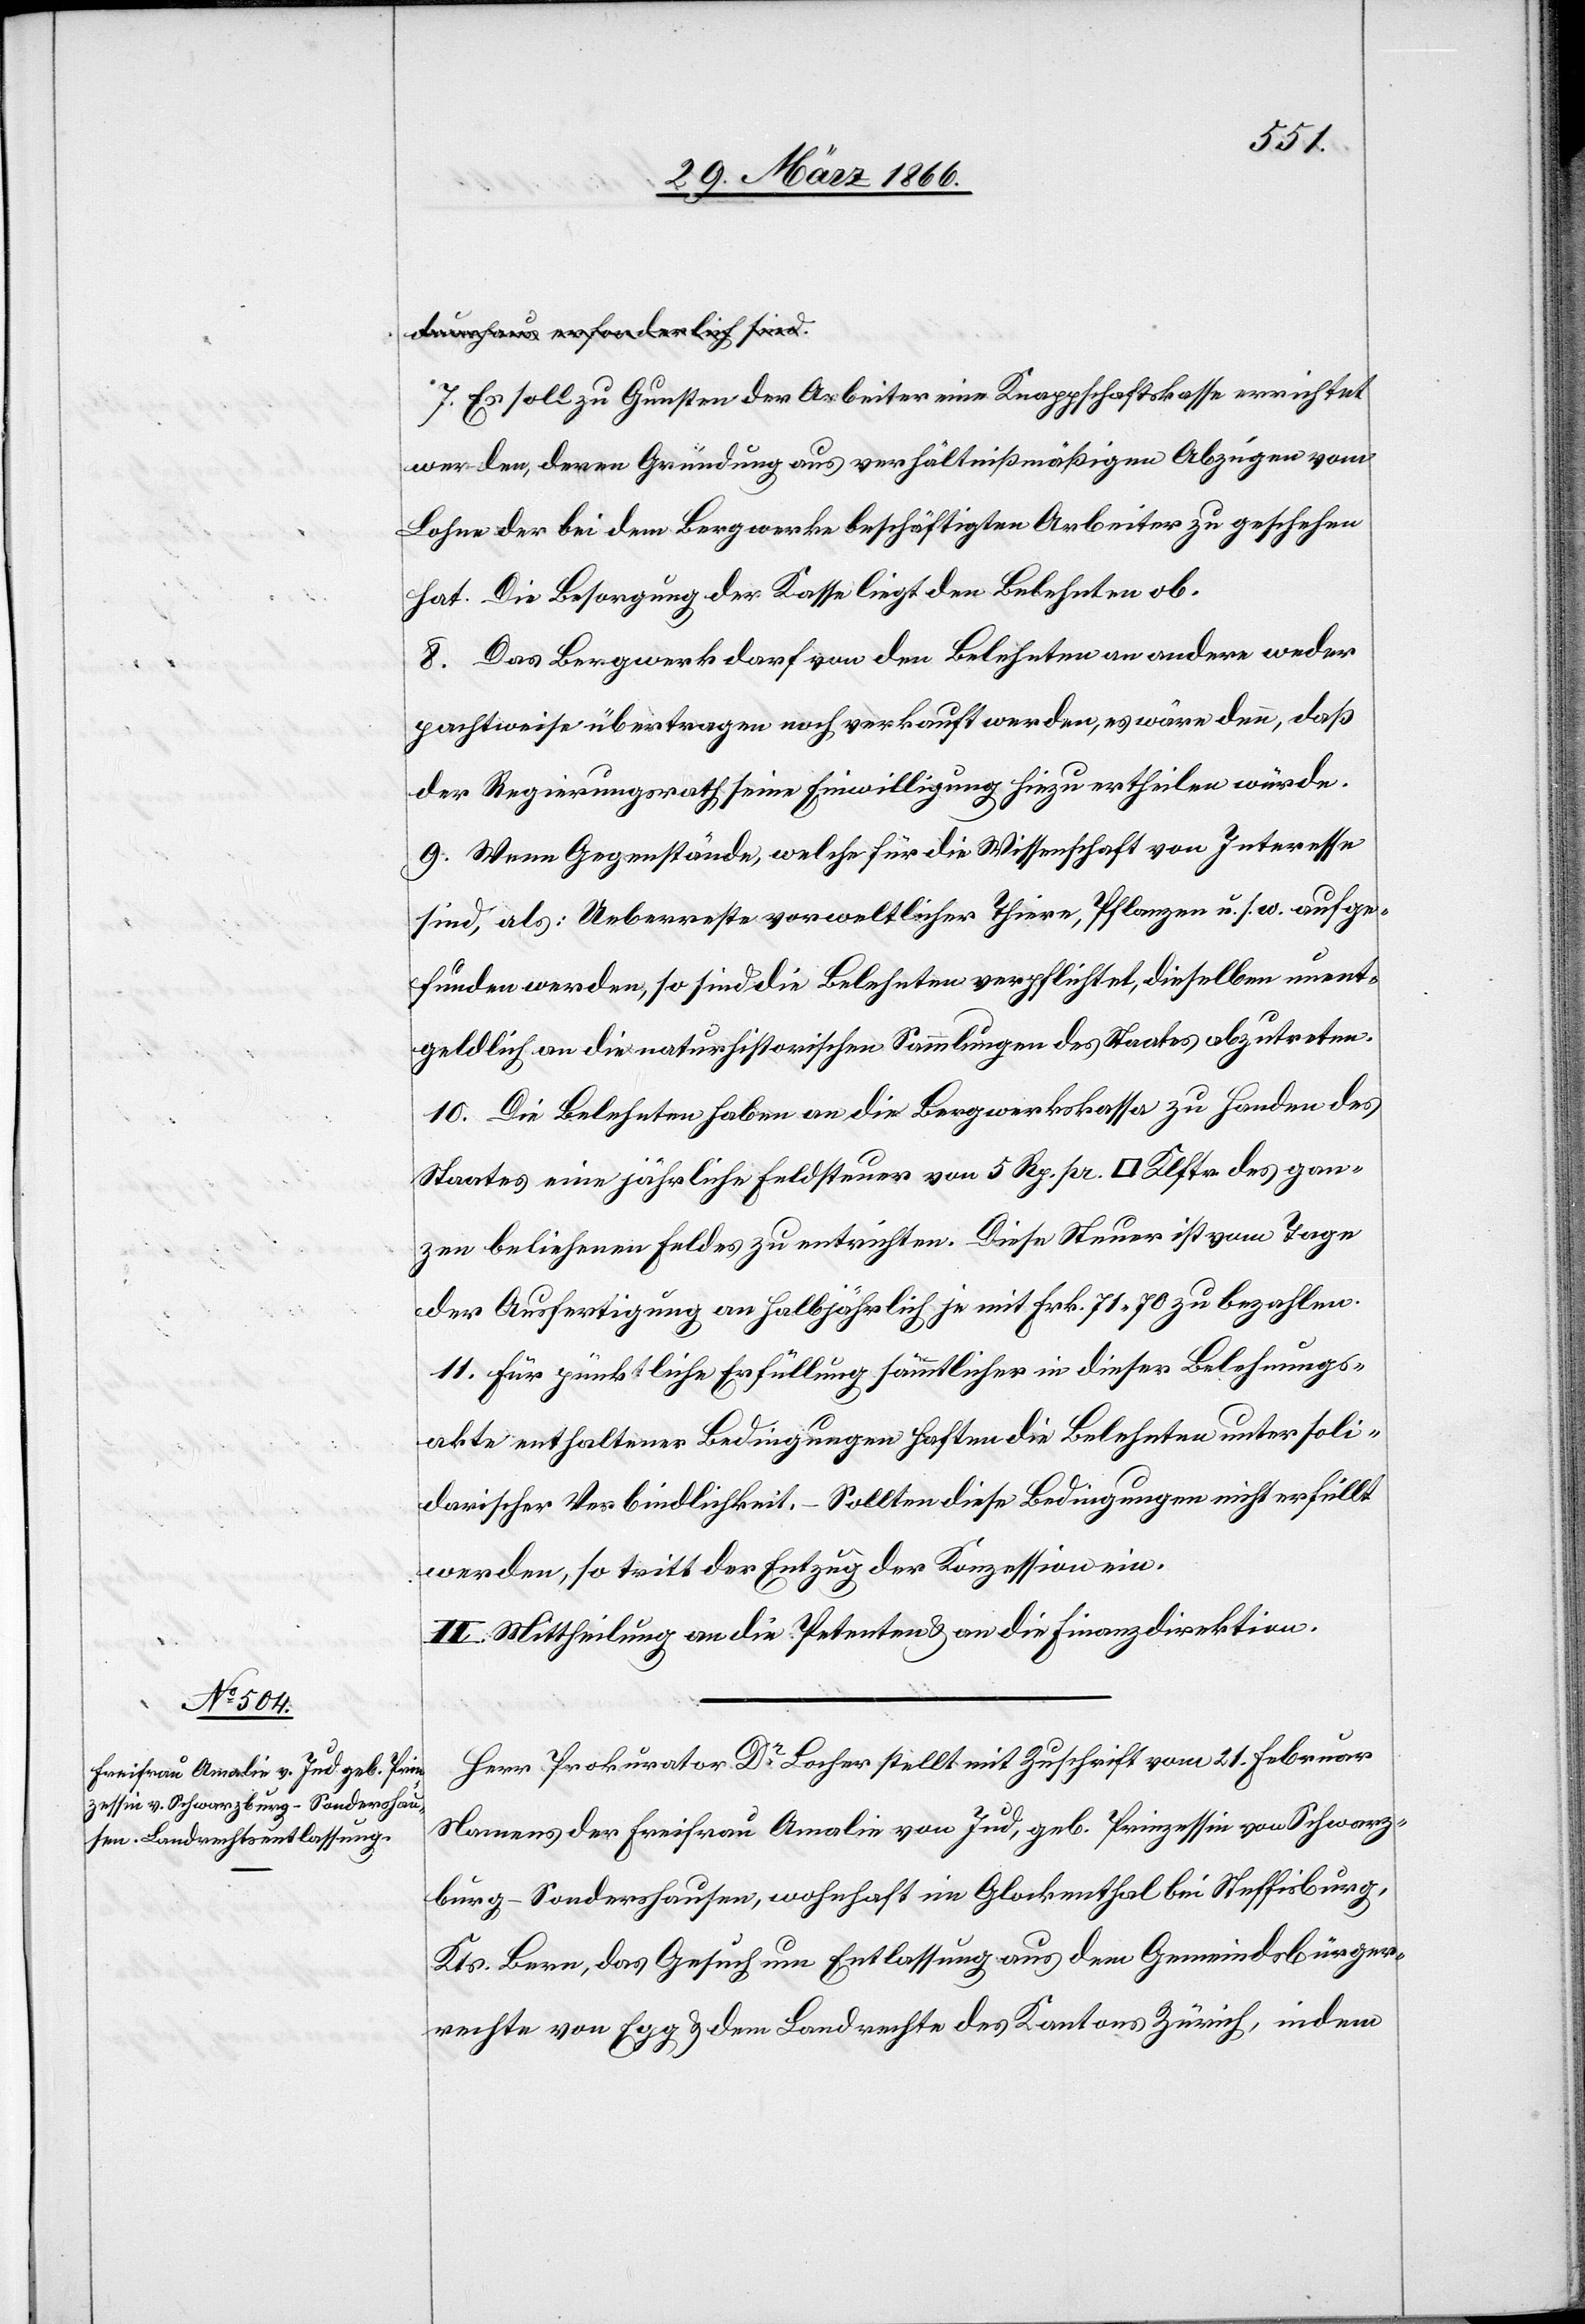
a-durchaus erforderlich sind.-a
7. Es soll zu Gunsten der Arbeiter eine Knappschaftskasse errichtet
werden, deren Gründung aus verhältnißmäßigen Abzügen vom
Lohne der bei dem Bergwerke beschäftigten Arbeiter zu geschehen
hat. Die Besorgung der Kasse liegt dem Belehnten ob.
8. Das Bergwerk darf von den Belehnten an andere weder
pachtweise übertragen noch verkauft werden, es wäre denn, daß
der Regierungsrath seine Einwilligung hiezu ertheilen würde.
9. Wenn Gegenstände, welche für die Wissenschaft von Interesse
sind, als: Ueberreste vorweltlicher Thiere, Pflanzen u. s. w. aufge¬
funden werden, so sind die Belehnten verpflichtet, dieselben unent¬
geldlich an die naturhistorischen Sammlungen des Staats abzutreten.
10. Die Belehnten haben an die Bergwerkskasse zu Handen des
Staates eine jährliche Feldsteuer von 5 Rp. pr. [Quadrat] Klftr. des gan¬
zen beliehenen Feldes zu entrichten. Diese Steuer ist vom Tage
der Ausfertigung an halbjährlich je mit Frk. 71.70 zu bezahlen.
11. Für pünktliche Erfüllung sämmtlicher in dieser Belehnungs¬
akte enthaltener Bedingungen haften die Belehnten unter soli¬
darischer Verbindlichkeit. – Sollten diese Bedingungen nicht erfüllt
werden, so tritt der Entzug der Konzession ein.
II. Mittheilung an die Petenten u. an die Finanzdirektion.
Herr Prokurator Dr. Locher stellt mit Zuschrift vom 21. Februar
Namens der Freifrau Amalie von Jud, geb. Prinzessin von Schwarz¬
burg-Sondershausen, wohnhaft im Glockenthal bei Steffisburg,
Kts. Bern, das Gesuch um Entlassung aus dem Gemeindsbürger¬
rechte von Egg u. dem Landrechte des Kantons Zürich, indem